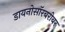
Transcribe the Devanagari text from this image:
डायनोसॉरबरोबर